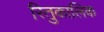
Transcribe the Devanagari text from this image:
रितुकालिक